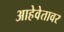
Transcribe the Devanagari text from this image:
आहेवेतावर